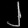
Digit: ၂